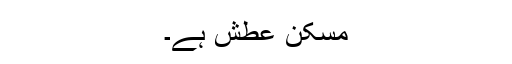
مسکن عطش ہے۔